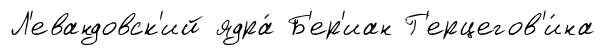
Л'евандовск'ий ядра́ Б'ер'иан Г'ерцегов'и́на